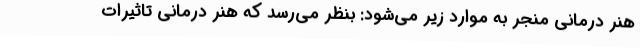
هنر درمانی منجر به موارد زیر می‌شود: بنظر می‌رسد که هنر درمانی تاثیرات